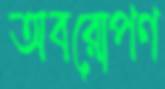
অবরোপণ